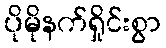
ပိုမိုနက်ရှိုင်းစွာ